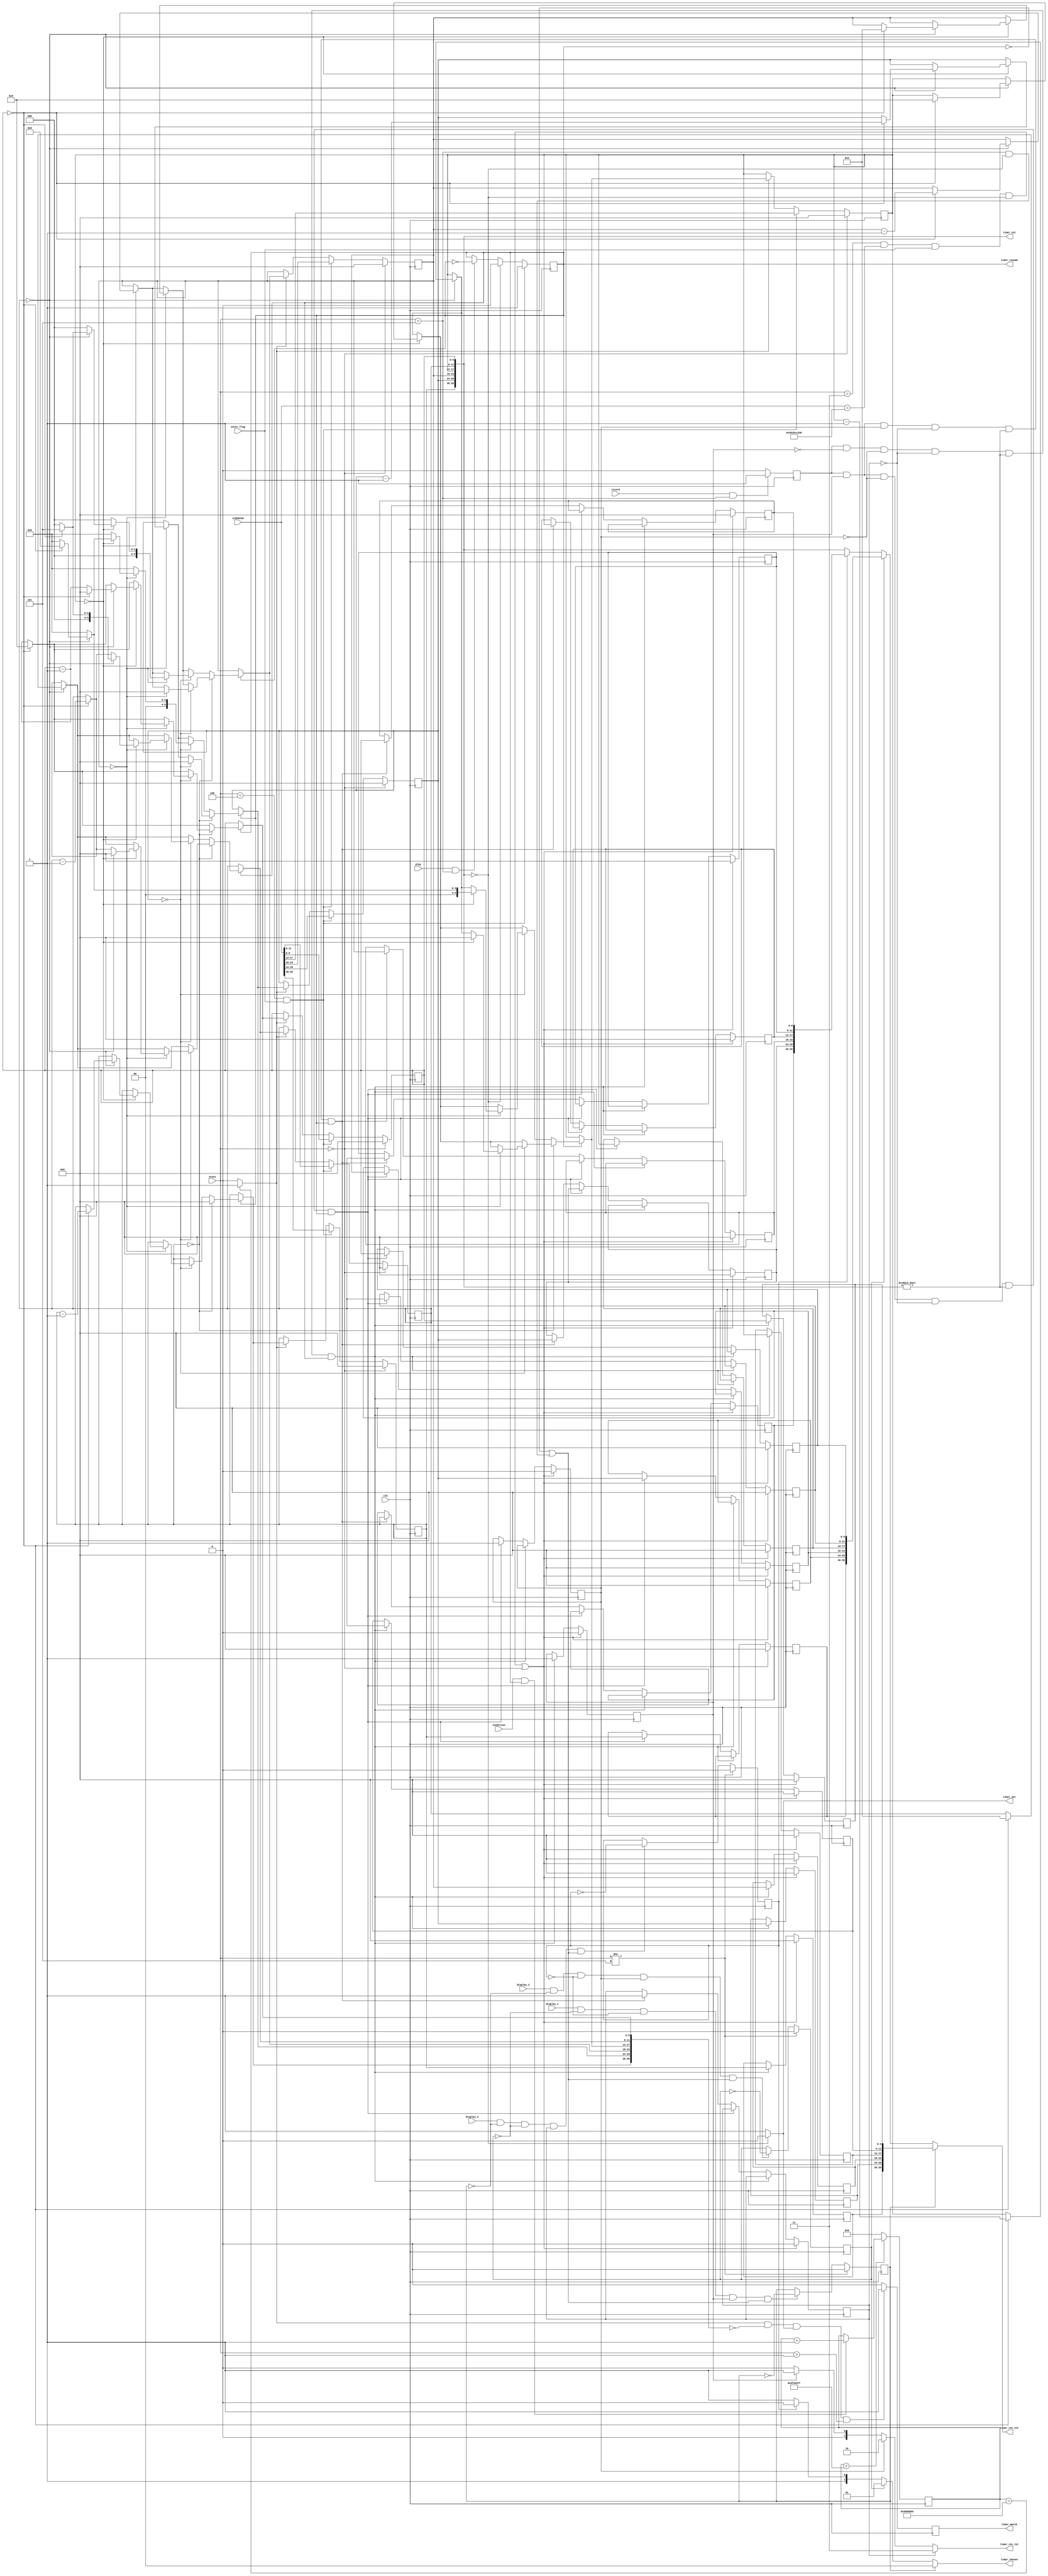
`define INITIAL 4'd0
`define CLOCK 4'd1
`define SHOW_CLOCK 4'd2
`define CHANGE_MODE 4'd3
`define TIMER 4'd4
`define SHOW_TIMER 4'd5
`define ALARM 4'd6
`define SHOW_ALARM 4'd7
`define SHOW_STOPWATCH 4'd8

module timer(
    input clk,
    input condition,
    input enter_flag,
    input play,
    input record,
    input display_1,
    input display_2,
    input display_3,
    input [3:0] state,
    input [35:0] alphanum,
    output reg timer_resume,    
    output wire timer_set,
    output reg timer_match,
    output wire [1:0] timer_rec_tot,
    output wire [1:0] timer_chosen,
    output wire [35:0] timer_cnt,
    output wire [35:0] timer_rec_cnt   
    );
    
    reg [5:0] digit1, digit2, digit3, digit4, digit5, digit6;
    reg [5:0] next_digit1, next_digit2, next_digit3, next_digit4, next_digit5, next_digit6;
    
    reg [5:0] record1_digit1, record1_digit2, record1_digit3, record1_digit4, record1_digit5, record1_digit6;
    reg [5:0] next_record1_digit1, next_record1_digit2, next_record1_digit3, next_record1_digit4, next_record1_digit5, next_record1_digit6;
    
    reg [5:0] record2_digit1, record2_digit2, record2_digit3, record2_digit4, record2_digit5, record2_digit6;
    reg [5:0] next_record2_digit1, next_record2_digit2, next_record2_digit3, next_record2_digit4, next_record2_digit5, next_record2_digit6;
    
    reg [5:0] record3_digit1, record3_digit2, record3_digit3, record3_digit4, record3_digit5, record3_digit6;
    reg [5:0] next_record3_digit1, next_record3_digit2, next_record3_digit3, next_record3_digit4, next_record3_digit5, next_record3_digit6;
    
    reg r;
    reg one = 0;
    reg two = 0;
    reg three = 0;
    reg recorded1 = 0;
    reg recorded2 = 0;
    reg recorded3 = 0;         

    wire clkDiv27;
    
    reg [26:0] num;      
            
    always@(posedge clk)
    begin
        if(num < 100000000-1) begin
            if(condition && timer_resume)
                num <= num + 1;
            else
                num <= num;                
        end
        else
            num <= 0;
    end    
    assign clkDiv27 = (num == 67108864) ? 1'b1 : 1'b0;       
        
    always @(posedge clk) begin
        if(state == `INITIAL) begin
            {digit1, digit2, digit3, digit4, digit5, digit6} <= 0;
        end
        else if(state == `TIMER && enter_flag) begin
            {digit1, digit2, digit3, digit4, digit5, digit6} <= alphanum;      
        end
        else if(clkDiv27) begin    
            digit1 <= next_digit1;
            digit2 <= next_digit2;
            digit3 <= next_digit3;
            digit4 <= next_digit4;
            digit5 <= next_digit5;
            digit6 <= next_digit6;
        end
        else begin
            digit1 <= digit1;
            digit2 <= digit2;
            digit3 <= digit3;
            digit4 <= digit4;
            digit5 <= digit5;
            digit6 <= digit6;
        end
        
        if(clkDiv27 && {next_digit1, next_digit2, next_digit3, next_digit4, next_digit5, next_digit6} == 0 && timer_set && state > `CLOCK)
            timer_match <= 1;
        else
            timer_match <= 0;            
    end
    
    always @(posedge clk) begin
        if((state == `CHANGE_MODE && alphanum == {6'd14, 6'd17, 6'd35, 6'd12, 6'd13, 6'd0} && enter_flag && !timer_set) || state == `INITIAL) begin
            recorded1 <= 1'b0;
            recorded2 <= 1'b0;
            recorded3 <= 1'b0;        
            
            record1_digit1 <= 0;
            record1_digit2 <= 0;
            record1_digit3 <= 0;
            record1_digit4 <= 0;
            record1_digit5 <= 0;
            record1_digit6 <= 0;       
            
            record2_digit1 <= 0;
            record2_digit2 <= 0;
            record2_digit3 <= 0;
            record2_digit4 <= 0;
            record2_digit5 <= 0;
            record2_digit6 <= 0;  
            
            record3_digit1 <= 0;
            record3_digit2 <= 0;
            record3_digit3 <= 0;
            record3_digit4 <= 0;
            record3_digit5 <= 0;
            record3_digit6 <= 0;                                
        end
        else if(r && !recorded1 && !recorded2 && !recorded3 && timer_cnt != 0 && timer_resume) begin
            recorded1 <= 1'b1;
            record1_digit1 <= digit1;
            record1_digit2 <= digit2;
            record1_digit3 <= digit3;
            record1_digit4 <= digit4;
            record1_digit5 <= digit5;
            record1_digit6 <= digit6;            
        end            
        else if(r && recorded1 && !recorded2 && !recorded3 && timer_cnt != 0 && timer_resume) begin
            recorded2 <= 1'b1;
            record2_digit1 <= digit1;
            record2_digit2 <= digit2;
            record2_digit3 <= digit3;
            record2_digit4 <= digit4;
            record2_digit5 <= digit5;
            record2_digit6 <= digit6;            
        end            
        else if(r && recorded1 && recorded2 && !recorded3 && timer_cnt != 0 && timer_resume) begin
            recorded3 <= 1'b1;           
            record3_digit1 <= digit1;
            record3_digit2 <= digit2;
            record3_digit3 <= digit3;
            record3_digit4 <= digit4;
            record3_digit5 <= digit5;
            record3_digit6 <= digit6;                 
        end
        else begin
            recorded1 <= recorded1;
            recorded2 <= recorded2;
            recorded3 <= recorded3;
        
            record1_digit1 <= record1_digit1;
            record1_digit2 <= record1_digit2;
            record1_digit3 <= record1_digit3;
            record1_digit4 <= record1_digit4;
            record1_digit5 <= record1_digit5;
            record1_digit6 <= record1_digit6;
            
            record2_digit1 <= record2_digit1;
            record2_digit2 <= record2_digit2;
            record2_digit3 <= record2_digit3;
            record2_digit4 <= record2_digit4;
            record2_digit5 <= record2_digit5;
            record2_digit6 <= record2_digit6;
            
            record3_digit1 <= record3_digit1;
            record3_digit2 <= record3_digit2;
            record3_digit3 <= record3_digit3;
            record3_digit4 <= record3_digit4;
            record3_digit5 <= record3_digit5;
            record3_digit6 <= record3_digit6;          
        end    
    end
    
    always @(posedge clk) begin
        if(record && state == `SHOW_TIMER)
            r <= 1;
        else
            r <= 0;           
    end
    
    always @(posedge clk) begin
        if(state != `SHOW_TIMER)
            one <= 0;
        else if(display_1 && !two && !three && recorded1 && (!timer_resume || (state == `SHOW_TIMER && timer_cnt == 0)))
            one <= ~one;
        else
            one <= one;           
    end
    
    always @(posedge clk) begin
        if(state != `SHOW_TIMER)
            two <= 0;
        else if(display_2 && !one && !three && recorded2 && (!timer_resume || (state == `SHOW_TIMER && timer_cnt == 0)))
            two <= ~two;
        else
            two <= two;           
    end

    always @(posedge clk) begin
        if(state != `SHOW_TIMER)
            three <= 0;
        else if(display_3 && !one && !two && recorded3 && (!timer_resume || (state == `SHOW_TIMER && timer_cnt == 0)))
            three <= ~three;
        else
            three <= three;           
    end            
    
    always @(posedge clk) begin
        if(state == `TIMER && enter_flag)
            timer_resume <= 1;
        else if(timer_cnt == 0)
            timer_resume <= 0;           
        else if(play && state == `SHOW_TIMER)
            timer_resume <= ~timer_resume;
        else
            timer_resume <= timer_resume;           
    end        
    
    always @* begin
        if(!timer_resume) begin       
            next_digit1 = digit1;
            next_digit2 = digit2;
            next_digit3 = digit3;
            next_digit4 = digit4;
            next_digit5 = digit5;
            next_digit6 = digit6;
        end                   
        else begin
            if(digit1 == 0) begin
                if(digit2 == 0) begin
                    if(digit3 == 0) begin
                        if(digit4 == 0) begin
                            if(digit5 == 0) begin                             
                                if(digit6 == 0) begin
                                    next_digit1 = 0;
                                    next_digit2 = 0;
                                    next_digit3 = 0;
                                    next_digit4 = 0;
                                    next_digit5 = 0;
                                    next_digit6 = 0;
                                end
                                else begin
                                    next_digit1 = 0;
                                    next_digit2 = 0;
                                    next_digit3 = 0;
                                    next_digit4 = 0;
                                    next_digit5 = 0;
                                    next_digit6 = digit6 - 1;
                                end
                            end
                            else begin
                                if(digit6 == 0) begin
                                    next_digit1 = 0;
                                    next_digit2 = 0;
                                    next_digit3 = 0;
                                    next_digit4 = 0;
                                    next_digit5 = digit5 - 1;
                                    next_digit6 = 9;
                                end
                                else begin
                                    next_digit1 = 0;
                                    next_digit2 = 0;
                                    next_digit3 = 0;
                                    next_digit4 = 0;
                                    next_digit5 = digit5;
                                    next_digit6 = digit6 - 1;
                                end
                            end
                        end
                        else begin
                            if(digit5 == 0) begin
                                if(digit6 == 0) begin
                                    next_digit1 = 0;
                                    next_digit2 = 0;
                                    next_digit3 = 0;
                                    next_digit4 = digit4 - 1;
                                    next_digit5 = 5;
                                    next_digit6 = 9;
                                end
                                else begin
                                    next_digit1 = 0;
                                    next_digit2 = 0;
                                    next_digit3 = 0;
                                    next_digit4 = digit4;
                                    next_digit5 = digit5;
                                    next_digit6 = digit6 - 1;
                                end
                            end
                            else begin
                                if(digit6 == 0) begin
                                    next_digit1 = 0;
                                    next_digit2 = 0;
                                    next_digit3 = 0;
                                    next_digit4 = digit4;
                                    next_digit5 = digit5 - 1;
                                    next_digit6 = 9;
                                end
                                else begin
                                    next_digit1 = 0;
                                    next_digit2 = 0;
                                    next_digit3 = 0;
                                    next_digit4 = digit4;
                                    next_digit5 = digit5;
                                    next_digit6 = digit6 - 1;
                                end
                            end
                        end
                    end
                    else begin 
                        if(digit4 == 0) begin
                            if(digit5 == 0) begin
                                if(digit6 == 0) begin
                                    next_digit1 = 0;
                                    next_digit2 = 0;
                                    next_digit3 = digit3 - 1;
                                    next_digit4 = 9;
                                    next_digit5 = 5;
                                    next_digit6 = 9;
                                end
                                else begin
                                    next_digit1 = 0;
                                    next_digit2 = 0;
                                    next_digit3 = digit3;
                                    next_digit4 = digit4;
                                    next_digit5 = digit5;
                                    next_digit6 = digit6 - 1;
                                end
                            end
                            else begin
                                if(digit6 == 0) begin
                                    next_digit1 = 0;
                                    next_digit2 = 0;
                                    next_digit3 = digit3;
                                    next_digit4 = digit4;
                                    next_digit5 = digit5 - 1;
                                    next_digit6 = 9;
                                end
                                else begin
                                    next_digit1 = 0;
                                    next_digit2 = 0;
                                    next_digit3 = digit3;
                                    next_digit4 = digit4;
                                    next_digit5 = digit5;
                                    next_digit6 = digit6 - 1;
                                end
                            end
                        end
                        else begin
                            if(digit5 == 0) begin
                                if(digit6 == 0) begin
                                    next_digit1 = 0;
                                    next_digit2 = 0;
                                    next_digit3 = digit3;
                                    next_digit4 = digit4 - 1;
                                    next_digit5 = 5;
                                    next_digit6 = 9;
                                end
                                else begin 
                                    next_digit1 = 0;
                                    next_digit2 = 0;
                                    next_digit3 = digit3;
                                    next_digit4 = digit4;
                                    next_digit5 = digit5;
                                    next_digit6 = digit6 - 1;
                                end
                            end
                            else begin
                                if(digit6 == 0) begin
                                    next_digit1 = 0;
                                    next_digit2 = 0;
                                    next_digit3 = digit3;
                                    next_digit4 = digit4;
                                    next_digit5 = digit5 - 1;
                                    next_digit6 = 9;
                                end
                                else begin
                                    next_digit1 = 0;
                                    next_digit2 = 0;
                                    next_digit3 = digit3;
                                    next_digit4 = digit4;
                                    next_digit5 = digit5;
                                    next_digit6 = digit6 - 1;
                                end
                            end
                        end
                    end
                end
                else begin
                    if(digit3 == 0) begin
                        if(digit4 == 0) begin
                            if(digit5 == 0) begin
                                if(digit6 == 0) begin
                                    next_digit1 = 0;
                                    next_digit2 = digit2 - 1;
                                    next_digit3 = 5;
                                    next_digit4 = 9;
                                    next_digit5 = 5;
                                    next_digit6 = 9;
                                end
                                else begin
                                    next_digit1 = 0;
                                    next_digit2 = digit2;
                                    next_digit3 = digit3;
                                    next_digit4 = digit4;
                                    next_digit5 = digit5;
                                    next_digit6 = digit6 - 1;
                                end
                            end
                            else begin
                                if(digit6 == 0) begin
                                    next_digit1 = 0;
                                    next_digit2 = digit2;
                                    next_digit3 = digit3;
                                    next_digit4 = digit4;
                                    next_digit5 = digit5 - 1;
                                    next_digit6 = 9;
                                end
                                else begin
                                    next_digit1 = 0;
                                    next_digit2 = digit2;
                                    next_digit3 = digit3;
                                    next_digit4 = digit4;
                                    next_digit5 = digit5;
                                    next_digit6 = digit6 - 1;
                                end
                            end
                        end
                        else begin
                            if(digit5 == 0) begin
                                if(digit6 == 0) begin
                                    next_digit1 = 0;
                                    next_digit2 = digit2;
                                    next_digit3 = digit3;
                                    next_digit4 = digit4 - 1;
                                    next_digit5 = 5;
                                    next_digit6 = 9;
                                end
                                else begin
                                    next_digit1 = 0;
                                    next_digit2 = digit2;
                                    next_digit3 = digit3;
                                    next_digit4 = digit4;
                                    next_digit5 = digit5;
                                    next_digit6 = digit6 - 1;
                                end
                            end
                            else begin
                                if(digit6 == 0) begin
                                    next_digit1 = 0;
                                    next_digit2 = digit2;
                                    next_digit3 = digit3;
                                    next_digit4 = digit4;
                                    next_digit5 = digit5 - 1;
                                    next_digit6 = 9;
                                end
                                else begin
                                    next_digit1 = 0;
                                    next_digit2 = digit2;
                                    next_digit3 = digit3;
                                    next_digit4 = digit4;
                                    next_digit5 = digit5;
                                    next_digit6 = digit6 - 1;
                                end
                            end
                        end
                    end
                    else begin
                        if(digit4 == 0) begin
                            if(digit5 == 0) begin
                                if(digit6 == 0) begin
                                    next_digit1 = 0;
                                    next_digit2 = digit2;
                                    next_digit3 = digit3 - 1;
                                    next_digit4 = 9;
                                    next_digit5 = 5;
                                    next_digit6 = 9;
                                end
                                else begin
                                    next_digit1 = 0;
                                    next_digit2 = digit2;
                                    next_digit3 = digit3;
                                    next_digit4 = digit4;
                                    next_digit5 = digit5;
                                    next_digit6 = digit6 - 1;
                                end
                            end
                            else begin
                                if(digit6 == 0) begin
                                    next_digit1 = 0;
                                    next_digit2 = digit2;
                                    next_digit3 = digit3;
                                    next_digit4 = digit4;
                                    next_digit5 = digit5 - 1;
                                    next_digit6 = 9;
                                end
                                else begin
                                    next_digit1 = 0;
                                    next_digit2 = digit2;
                                    next_digit3 = digit3;
                                    next_digit4 = digit4;
                                    next_digit5 = digit5;
                                    next_digit6 = digit6 - 1;
                                end
                            end
                        end
                        else begin
                            if(digit5 == 0) begin
                                if(digit6 == 0) begin
                                    next_digit1 = 0;
                                    next_digit2 = digit2;
                                    next_digit3 = digit3;
                                    next_digit4 = digit4 - 1;
                                    next_digit5 = 5;
                                    next_digit6 = 9;
                                end
                                else begin
                                    next_digit1 = 0;
                                    next_digit2 = digit2;
                                    next_digit3 = digit3;
                                    next_digit4 = digit4;
                                    next_digit5 = digit5;
                                    next_digit6 = digit6 - 1;
                                end
                            end
                            else begin
                                if(digit6 == 0) begin
                                    next_digit1 = 0;
                                    next_digit2 = digit2;
                                    next_digit3 = digit3;
                                    next_digit4 = digit4;
                                    next_digit5 = digit5 - 1;
                                    next_digit6 = 9;
                                end
                                else begin
                                    next_digit1 = 0;
                                    next_digit2 = digit2;
                                    next_digit3 = digit3;
                                    next_digit4 = digit4;
                                    next_digit5 = digit5;
                                    next_digit6 = digit6 - 1;
                                end
                            end
                        end
                    end
                end
            end 
            else begin
                if(digit2 == 0) begin
                    if(digit3 == 0) begin
                        if(digit4 == 0) begin
                            if(digit5 == 0) begin
                                if(digit6 == 0) begin
                                    next_digit1 = digit1 - 1;
                                    next_digit2 = 9;
                                    next_digit3 = 5;
                                    next_digit4 = 9;
                                    next_digit5 = 5;
                                    next_digit6 = 9;
                                end
                                else begin
                                    next_digit1 = digit1;
                                    next_digit2 = 0;
                                    next_digit3 = 0;
                                    next_digit4 = 0;
                                    next_digit5 = 0;
                                    next_digit6 = digit6 - 1;
                                end
                            end
                            else begin
                                if(digit6 == 0)
                                begin
                                    next_digit1 = digit1;
                                    next_digit2 = 0;
                                    next_digit3 = 0;
                                    next_digit4 = 0;
                                    next_digit5 = digit5 - 1;
                                    next_digit6 = 9;
                                end
                                else begin
                                    next_digit1 = digit1;
                                    next_digit2 = 0;
                                    next_digit3 = 0;
                                    next_digit4 = 0;
                                    next_digit5 = digit5;
                                    next_digit6 = digit6 - 1;
                                end
                            end
                        end
                        else begin
                            if(digit5 == 0) begin
                                if(digit6 == 0) begin
                                    next_digit1 = digit1;
                                    next_digit2 = 0;
                                    next_digit3 = 0;
                                    next_digit4 = digit4 - 1;
                                    next_digit5 = 5;
                                    next_digit6 = 9;
                                end
                                else begin
                                    next_digit1 = digit1;
                                    next_digit2 = 0;
                                    next_digit3 = 0;
                                    next_digit4 = digit4;
                                    next_digit5 = digit5;
                                    next_digit6 = digit6 - 1;
                                end
                            end
                            else begin
                                if(digit6 == 0) begin
                                    next_digit1 = digit1;
                                    next_digit2 = 0;
                                    next_digit3 = 0;
                                    next_digit4 = digit4;
                                    next_digit5 = digit5 - 1;
                                    next_digit6 = 9;
                                end
                                else begin
                                    next_digit1 = digit1;
                                    next_digit2 = 0;
                                    next_digit3 = 0;
                                    next_digit4 = digit4;
                                    next_digit5 = digit5;
                                    next_digit6 = digit6 - 1;
                                end
                            end
                        end
                    end
                    else begin
                        if(digit4 == 0) begin
                            if(digit5 == 0) begin
                                if(digit6 == 0) begin
                                    next_digit1 = digit1;
                                    next_digit2 = 0;
                                    next_digit3 = digit3 - 1;
                                    next_digit4 = 9;
                                    next_digit5 = 5;
                                    next_digit6 = 9;
                                end
                                else begin
                                    next_digit1 = digit1;
                                    next_digit2 = 0;
                                    next_digit3 = digit3;
                                    next_digit4 = digit4;
                                    next_digit5 = digit5;
                                    next_digit6 = digit6 - 1;
                                end
                            end
                            else begin
                                if(digit6 == 0) begin
                                    next_digit1 = digit1;
                                    next_digit2 = 0;
                                    next_digit3 = digit3;
                                    next_digit4 = digit4;
                                    next_digit5 = digit5 - 1;
                                    next_digit6 = 9;
                                end
                                else begin
                                    next_digit1 = digit1;
                                    next_digit2 = 0;
                                    next_digit3 = digit3;
                                    next_digit4 = digit4;
                                    next_digit5 = digit5;
                                    next_digit6 = digit6 - 1;
                                end
                            end
                        end
                        else begin
                            if(digit5 == 0) begin
                                if(digit6 == 0) begin
                                    next_digit1 = digit1;
                                    next_digit2 = 0;
                                    next_digit3 = digit3;
                                    next_digit4 = digit4 - 1;
                                    next_digit5 = 5;
                                    next_digit6 = 9;
                                end
                                else begin
                                    next_digit1 = digit1;
                                    next_digit2 = 0;
                                    next_digit3 = digit3;
                                    next_digit4 = digit4;
                                    next_digit5 = digit5;
                                    next_digit6 = digit6 - 1;
                                end
                            end
                            else begin
                                if(digit6 == 0) begin
                                    next_digit1 = digit1;
                                    next_digit2 = 0;
                                    next_digit3 = digit3;
                                    next_digit4 = digit4;
                                    next_digit5 = digit5 - 1;
                                    next_digit6 = 9;
                                end
                                else begin
                                    next_digit1 = digit1;
                                    next_digit2 = 0;
                                    next_digit3 = digit3;
                                    next_digit4 = digit4;
                                    next_digit5 = digit5;
                                    next_digit6 = digit6 - 1;
                                end
                            end
                        end
                    end
                end
                else begin
                    if(digit3 == 0) begin
                        if(digit4 == 0) begin
                            if(digit5 == 0) begin
                                if(digit6 == 0) begin
                                    next_digit1 = digit1;
                                    next_digit2 = digit2 - 1;
                                    next_digit3 = 5;
                                    next_digit4 = 9;
                                    next_digit5 = 5;
                                    next_digit6 = 9;
                                end
                                else begin
                                    next_digit1 = digit1;
                                    next_digit2 = digit2;
                                    next_digit3 = digit3;
                                    next_digit4 = digit4;
                                    next_digit5 = digit5;
                                    next_digit6 = digit6 - 1;
                                end
                            end
                            else begin
                                if(digit6 == 0) begin
                                    next_digit1 = digit1;
                                    next_digit2 = digit2;
                                    next_digit3 = digit3;
                                    next_digit4 = digit4;
                                    next_digit5 = digit5 - 1;
                                    next_digit6 = 9;
                                end
                                else begin
                                    next_digit1 = digit1;
                                    next_digit2 = digit2;
                                    next_digit3 = digit3;
                                    next_digit4 = digit4;
                                    next_digit5 = digit5;
                                    next_digit6 = digit6 - 1;
                                end
                            end
                        end
                        else begin
                            if(digit5 == 0) begin
                                if(digit6 == 0) begin
                                    next_digit1 = digit1;
                                    next_digit2 = digit2;
                                    next_digit3 = digit3;
                                    next_digit4 = digit4 - 1;
                                    next_digit5 = 5;
                                    next_digit6 = 9;
                                end
                                else begin
                                    next_digit1 = digit1;
                                    next_digit2 = digit2;
                                    next_digit3 = digit3;
                                    next_digit4 = digit4;
                                    next_digit5 = digit5;
                                    next_digit6 = digit6 - 1;
                                end
                            end
                            else begin
                                if(digit6 == 0) begin
                                    next_digit1 = digit1;
                                    next_digit2 = digit2;
                                    next_digit3 = digit3;
                                    next_digit4 = digit4;
                                    next_digit5 = digit5 - 1;
                                    next_digit6 = 9;
                                end
                                else begin
                                    next_digit1 = digit1;
                                    next_digit2 = digit2;
                                    next_digit3 = digit3;
                                    next_digit4 = digit4;
                                    next_digit5 = digit5;
                                    next_digit6 = digit6 - 1;
                                end
                            end
                        end
                    end
                    else begin
                        if(digit4 == 0) begin
                            if(digit5 == 0) begin
                                if(digit6 == 0) begin
                                    next_digit1 = digit1;
                                    next_digit2 = digit2;
                                    next_digit3 = digit3 - 1;
                                    next_digit4 = 9;
                                    next_digit5 = 5;
                                    next_digit6 = 9;
                                end
                                else begin
                                    next_digit1 = digit1;
                                    next_digit2 = digit2;
                                    next_digit3 = digit3;
                                    next_digit4 = digit4;
                                    next_digit5 = digit5;
                                    next_digit6 = digit6 - 1;
                                end
                            end
                            else begin
                                if(digit6 == 0) begin
                                    next_digit1 = digit1;
                                    next_digit2 = digit2;
                                    next_digit3 = digit3;
                                    next_digit4 = digit4;
                                    next_digit5 = digit5 - 1;
                                    next_digit6 = 9;
                                end
                                else begin
                                    next_digit1 = digit1;
                                    next_digit2 = digit2;
                                    next_digit3 = digit3;
                                    next_digit4 = digit4;
                                    next_digit5 = digit5;
                                    next_digit6 = digit6 - 1;
                                end
                            end
                        end
                        else begin
                            if(digit5 == 0) begin
                                if(digit6 == 0) begin
                                    next_digit1 = digit1;
                                    next_digit2 = digit2;
                                    next_digit3 = digit3;
                                    next_digit4 = digit4 - 1;
                                    next_digit5 = 5;
                                    next_digit6 = 9;
                                end
                                else begin
                                    next_digit1 = digit1;
                                    next_digit2 = digit2;
                                    next_digit3 = digit3;
                                    next_digit4 = digit4;
                                    next_digit5 = digit5;
                                    next_digit6 = digit6 - 1;
                                end
                            end
                            else begin
                                if(digit6 == 0) begin
                                    next_digit1 = digit1;
                                    next_digit2 = digit2;
                                    next_digit3 = digit3;
                                    next_digit4 = digit4;
                                    next_digit5 = digit5 - 1;
                                    next_digit6 = 9;
                                end
                                else begin
                                    next_digit1 = digit1;
                                    next_digit2 = digit2;
                                    next_digit3 = digit3;
                                    next_digit4 = digit4;
                                    next_digit5 = digit5;
                                    next_digit6 = digit6 - 1;
                                end
                            end
                        end
                    end
                end
            end 
        end
    end
   
    assign timer_cnt = {digit1, digit2, digit3, digit4, digit5, digit6};
    assign timer_rec_cnt = (one) ? {record1_digit1, record1_digit2, record1_digit3, record1_digit4, record1_digit5, record1_digit6} : 
                          (two) ? {record2_digit1, record2_digit2, record2_digit3, record2_digit4, record2_digit5, record2_digit6} : 
                          (three) ? {record3_digit1, record3_digit2, record3_digit3, record3_digit4, record3_digit5, record3_digit6} : {digit1, digit2, digit3, digit4, digit5, digit6}; 
    assign timer_set = (timer_cnt == 0) ? 1'b0 : 1'b1;
    assign timer_rec_tot = (recorded3) ? 2'd3 : (recorded2) ? 2'd2 : (recorded1) ? 2'd1 : 2'd0;
    assign timer_chosen = (one) ? 0 :
                       (two) ? 1 :
                       (three) ? 2 : 3;  
endmodule